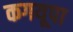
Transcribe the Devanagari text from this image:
कगयूपा